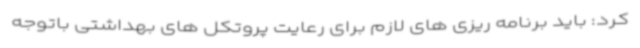
کرد: باید برنامه ریزی های لازم برای رعایت پروتکل های بهداشتی باتوجه